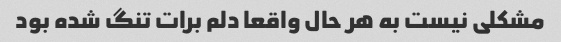
مشکلی نیست به هر حال واقعا دلم برات تنگ شده بود